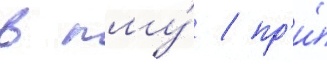
в пму́ / пр'и́